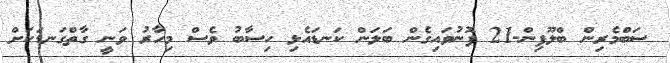
ސަބްމެރިން ބްލޫފިން-21 ފޮނުވައިގެން ބަލަން ކަނޑައެޅި ހިސާބު ވެސް މިހާރު ވަނީ ގާތްގަނޑަކަށް